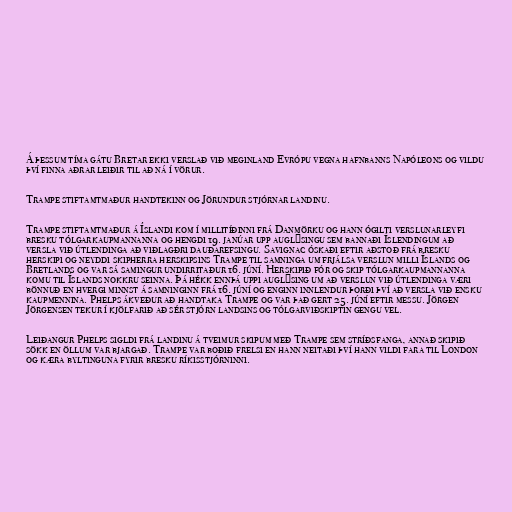
Á þessum tíma gátu Bretar ekki verslað við meginland Evrópu vegna hafnbanns Napóleons og vildu
því finna aðrar leiðir til að ná í vörur.

Trampe stiftamtmaður handtekinn og Jörundur stjórnar landinu.

Trampe stiftamtmaður á Íslandi kom í millitíðinni frá Danmörku og hann ógilti verslunarleyfi
bresku tólgarkaupmannanna og hengdi 19. janúar upp auglýsingu sem bannaði Íslendingum að
versla við útlendinga að viðlagðri dauðarefsingu. Savignac óskaði eftir aðstoð frá bresku
herskipi og neyddi skipherra herskipsins Trampe til samninga um frjálsa verslun milli Íslands og
Bretlands og var sá samingur undirritaður 16. júní. Herskipið fór og skip tólgarkaupmannanna
komu til Íslands nokkru seinna. Þá hékk ennþá uppi auglýsing um að verslun við útlendinga væri
bönnuð en hvergi minnst á samninginn frá 16. júní og enginn innlendur þorði því að versla við ensku
kaupmennina. Phelps ákveður að handtaka Trampe og var það gert 25. júní eftir messu. Jörgen
Jörgensen tekur í kjölfarið að sér stjórn landsins og tólgarviðskiptin gengu vel.

Leiðangur Phelps sigldi frá landinu á tveimur skipum með Trampe sem stríðsfanga, annað skipið
sökk en öllum var bjargað. Trampe var boðið frelsi en hann neitaði því hann vildi fara til London
og kæra byltinguna fyrir bresku ríkisstjórninni.